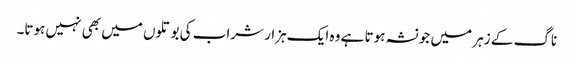
ناگ کے زہر میں جو نشہ ہوتا ہے وہ ایک ہزار شراب کی بوتلوں میں بھی نہیں ہوتا۔